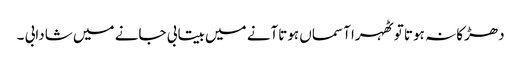
دھڑکا نہ ہوتا تو ٹھہرا آسماں ہوتاآنے میں بیتابی جانے میں شادابی ۔